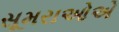
સૂમરાઓએ